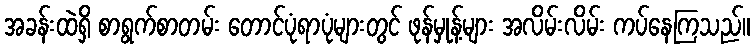
အခန်းထဲရှိ စာရွက်စာတမ်း တောင်ပုံရာပုံများတွင် ဖုန်မှုန့်များ အလိမ်းလိမ်း ကပ်နေကြသည်။